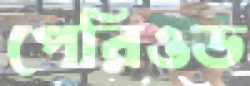
পেরিওড